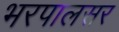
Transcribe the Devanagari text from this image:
भरपालसर